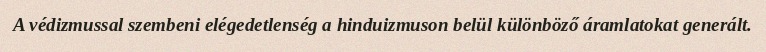
A védizmussal szembeni elégedetlenség a hinduizmuson belül különböző áramlatokat generált.